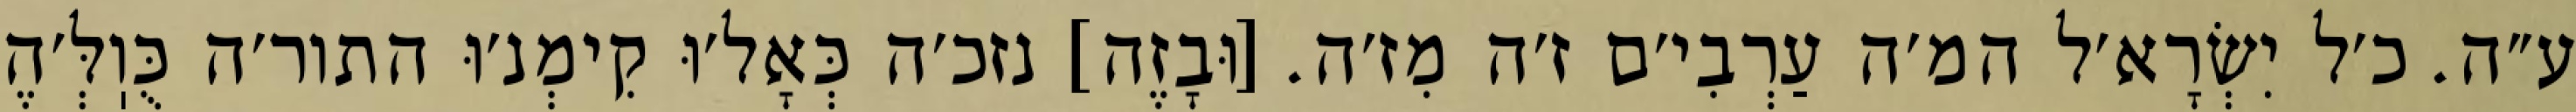
ע״ה. כ׳ל יִשְׂרָא׳ל המ׳ה עַרְבִי׳ם ז׳ה מִז׳ה. [וּבָזֶה] נזכ׳ה כְּאָל׳וּ קִימְנ׳וּ התור׳ה כֻּוֽלְּ׳הֶ